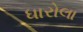
ધારોલા